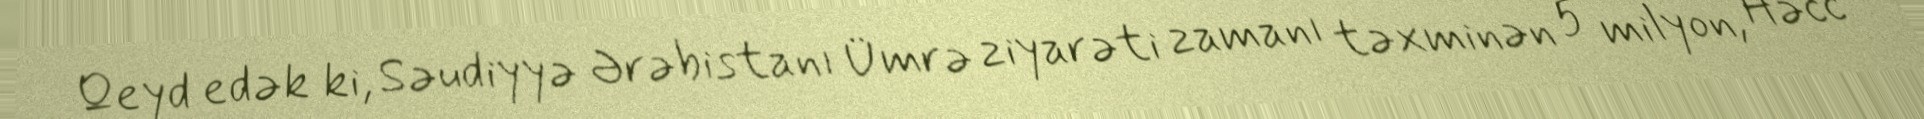
Qeyd edək ki, Səudiyyə Ərəbistanı Ümrə ziyarəti zamanı təxminən 5 milyon, Həcc